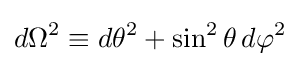
d\Omega ^{2}\equiv d\theta ^{2}+\sin ^{2}\theta \,d\varphi ^{2}